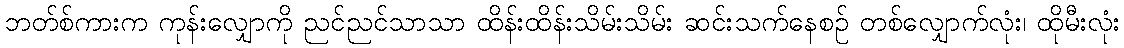
ဘတ်စ်ကားက ကုန်းလျှောကို ညင်ညင်သာသာ ထိန်းထိန်းသိမ်းသိမ်း ဆင်းသက်နေစဉ် တစ်လျှောက်လုံး၊ ထိုမီးလုံး